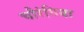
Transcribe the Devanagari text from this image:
चौरंगिया